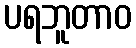
ပရဘူတာဝ